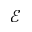
\mathcal { E }